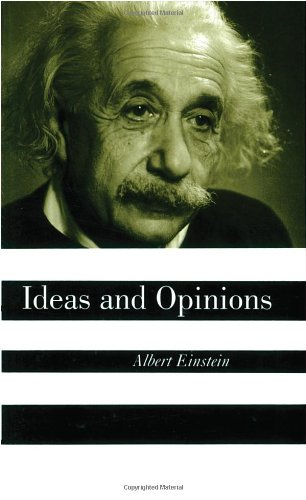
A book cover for Ideas And Opinions; Albert Einstein; Literature & Fiction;